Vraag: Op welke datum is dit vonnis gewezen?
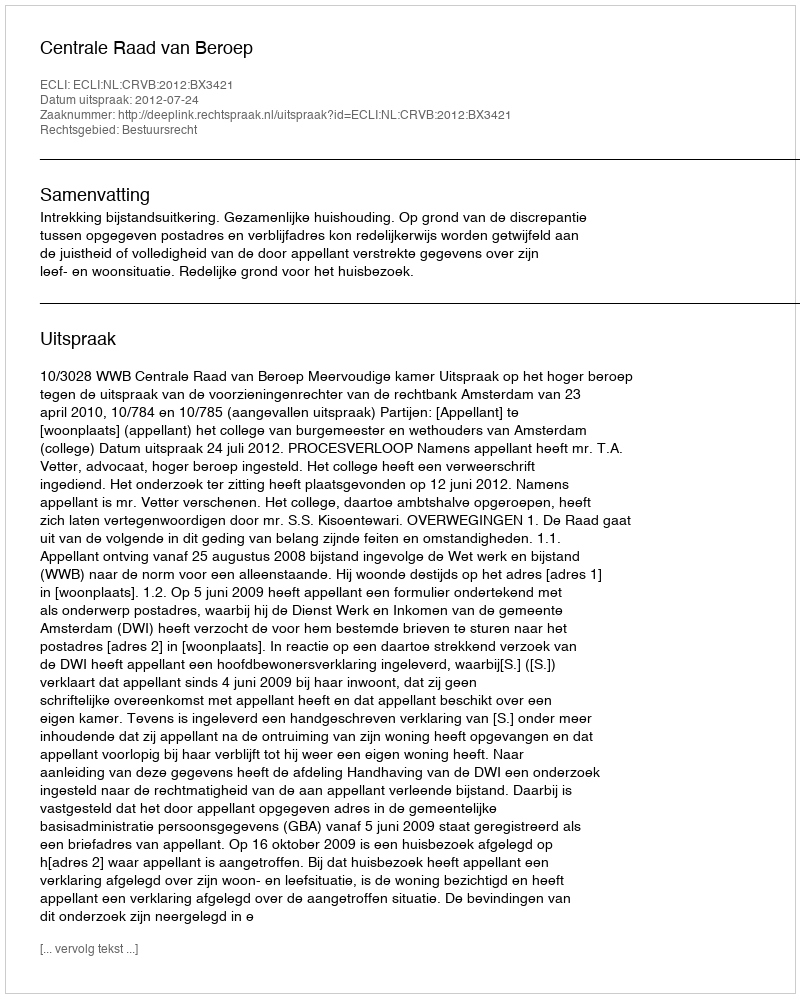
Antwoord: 2012-07-24